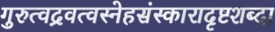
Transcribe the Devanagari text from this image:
गुरुत्वद्रवत्वस्नेहसंस्कारादृष्टशब्दा